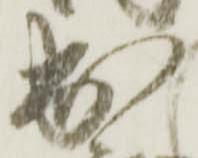
出